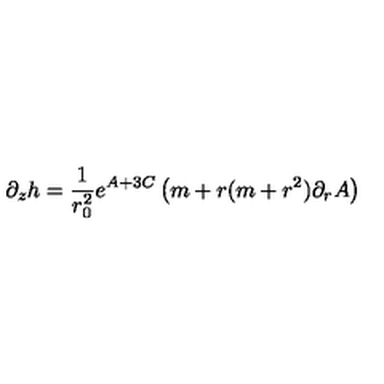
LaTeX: \partial _ { z } h = \frac { 1 } { r _ { 0 } ^ { 2 } } e ^ { A + 3 C } \left( m + r ( m + r ^ { 2 } ) \partial _ { r } A \right)